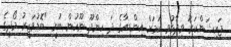
ޖައިޝަންކަރު ވިދާޅުވި ކަމަށް އިންޑިއާގެ ދަ ހިންދޫ ނޫހުން ބުނީ "ބޮޑުވަޒީރު މޯދީގެ